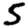
Digit: 5